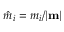
\hat { m } _ { i } = m _ { i } / | { \bf m } |